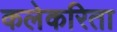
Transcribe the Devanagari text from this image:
कलेकरिता